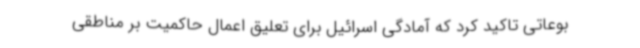
بوعاتی تاکید کرد که آمادگی اسرائیل برای تعلیق اعمال حاکمیت بر مناطقی